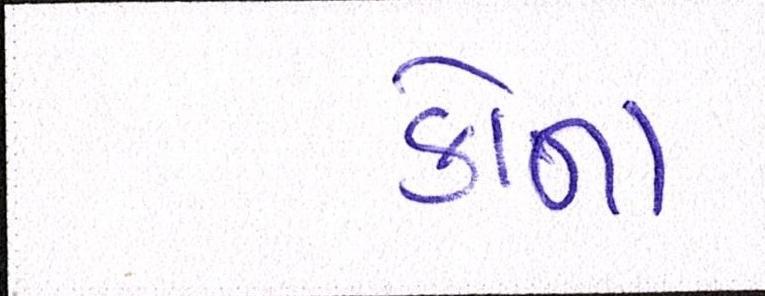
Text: કોના